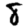
Digit: 8